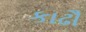
કાઢૌ